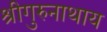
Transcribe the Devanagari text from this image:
श्रीगुरुनाथाय